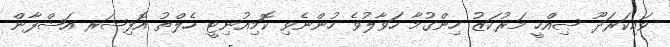
ވައިކަރަދޫ ޞިއްހީ މަރުކަޒު ހިންގުމާ ހަވާލުވެ ހުންނެވި ކޮމިއުނިޓީ ހެލްތު އޮފިޝަރ އަޝްފާން